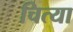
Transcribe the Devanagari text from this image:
चित्या